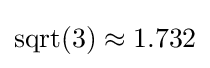
\operatorname {sqrt} (3)\approx 1.732